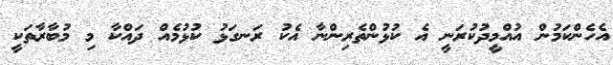
އެހެންކަމުން އުއްމީދުކުރަނީ އެ ކުޅުންތެރިންނާ އެކު ރަނގަޅު ކުޅުމެއް ދައްކާ މި މުބާރާތަކީ